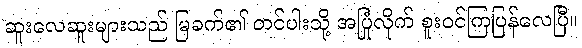
ဆူးလေဆူးများသည် မြခက်၏ တင်ပါးသို့ အပြုံလိုက် စူးဝင်ကြပြန်လေပြီ။